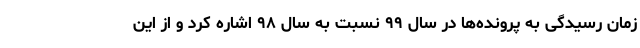
زمان رسیدگی به پرونده‌ها در سال ۹۹ نسبت به سال ۹۸ اشاره کرد و از این